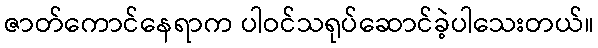
ဇာတ်ကောင်နေရာက ပါဝင်သရုပ်ဆောင်ခဲ့ပါသေးတယ်။